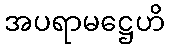
အပရာမဋ္ဌေဟိ